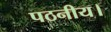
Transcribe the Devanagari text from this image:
पठनीय।